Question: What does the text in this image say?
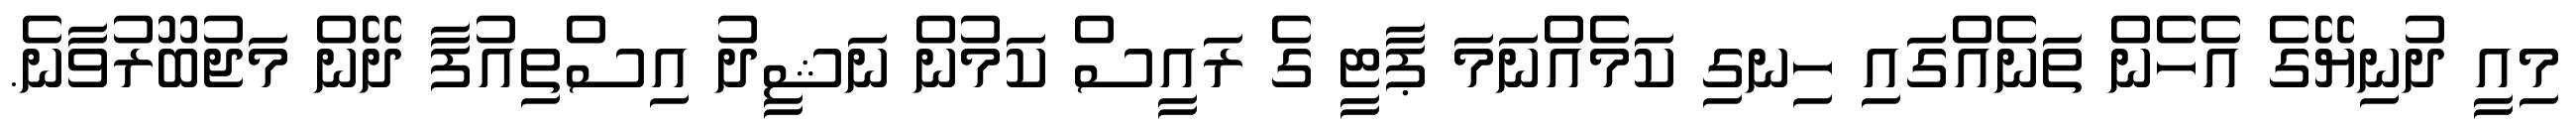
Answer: މިއީ ދުނިޔޭގެ އެހެން ތަނެއްގައި ހިނގި ކަމެއްނަމަ ޕާޓީ ގެ ރައީސް ކަމުން ނަޝީދު އިސްތިއުފާ ދޭން މަޖުބޫރުވާނެ.